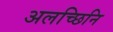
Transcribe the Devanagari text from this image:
अलच्छिनि